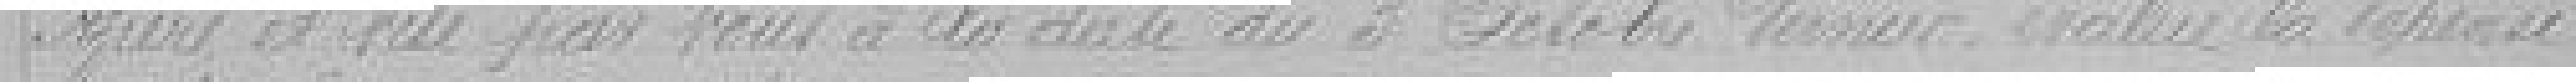
Azière et visé par vous à la date du 3 octobre dernier évaluer la dépense